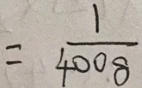
= \frac { 1 } { 4 0 0 8 }